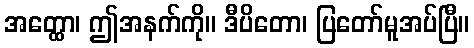
အတ္ထော၊ ဤအနက်ကို။ ဒီပိတော၊ ပြတော်မူအပ်ပြီ။